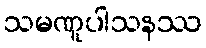
သမဏူပါသနဿ